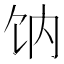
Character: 𩟿